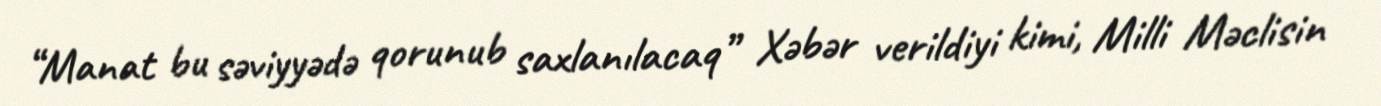
“Manat bu səviyyədə qorunub saxlanılacaq” Xəbər verildiyi kimi, Milli Məclisin